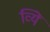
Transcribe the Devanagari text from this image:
व्यिे